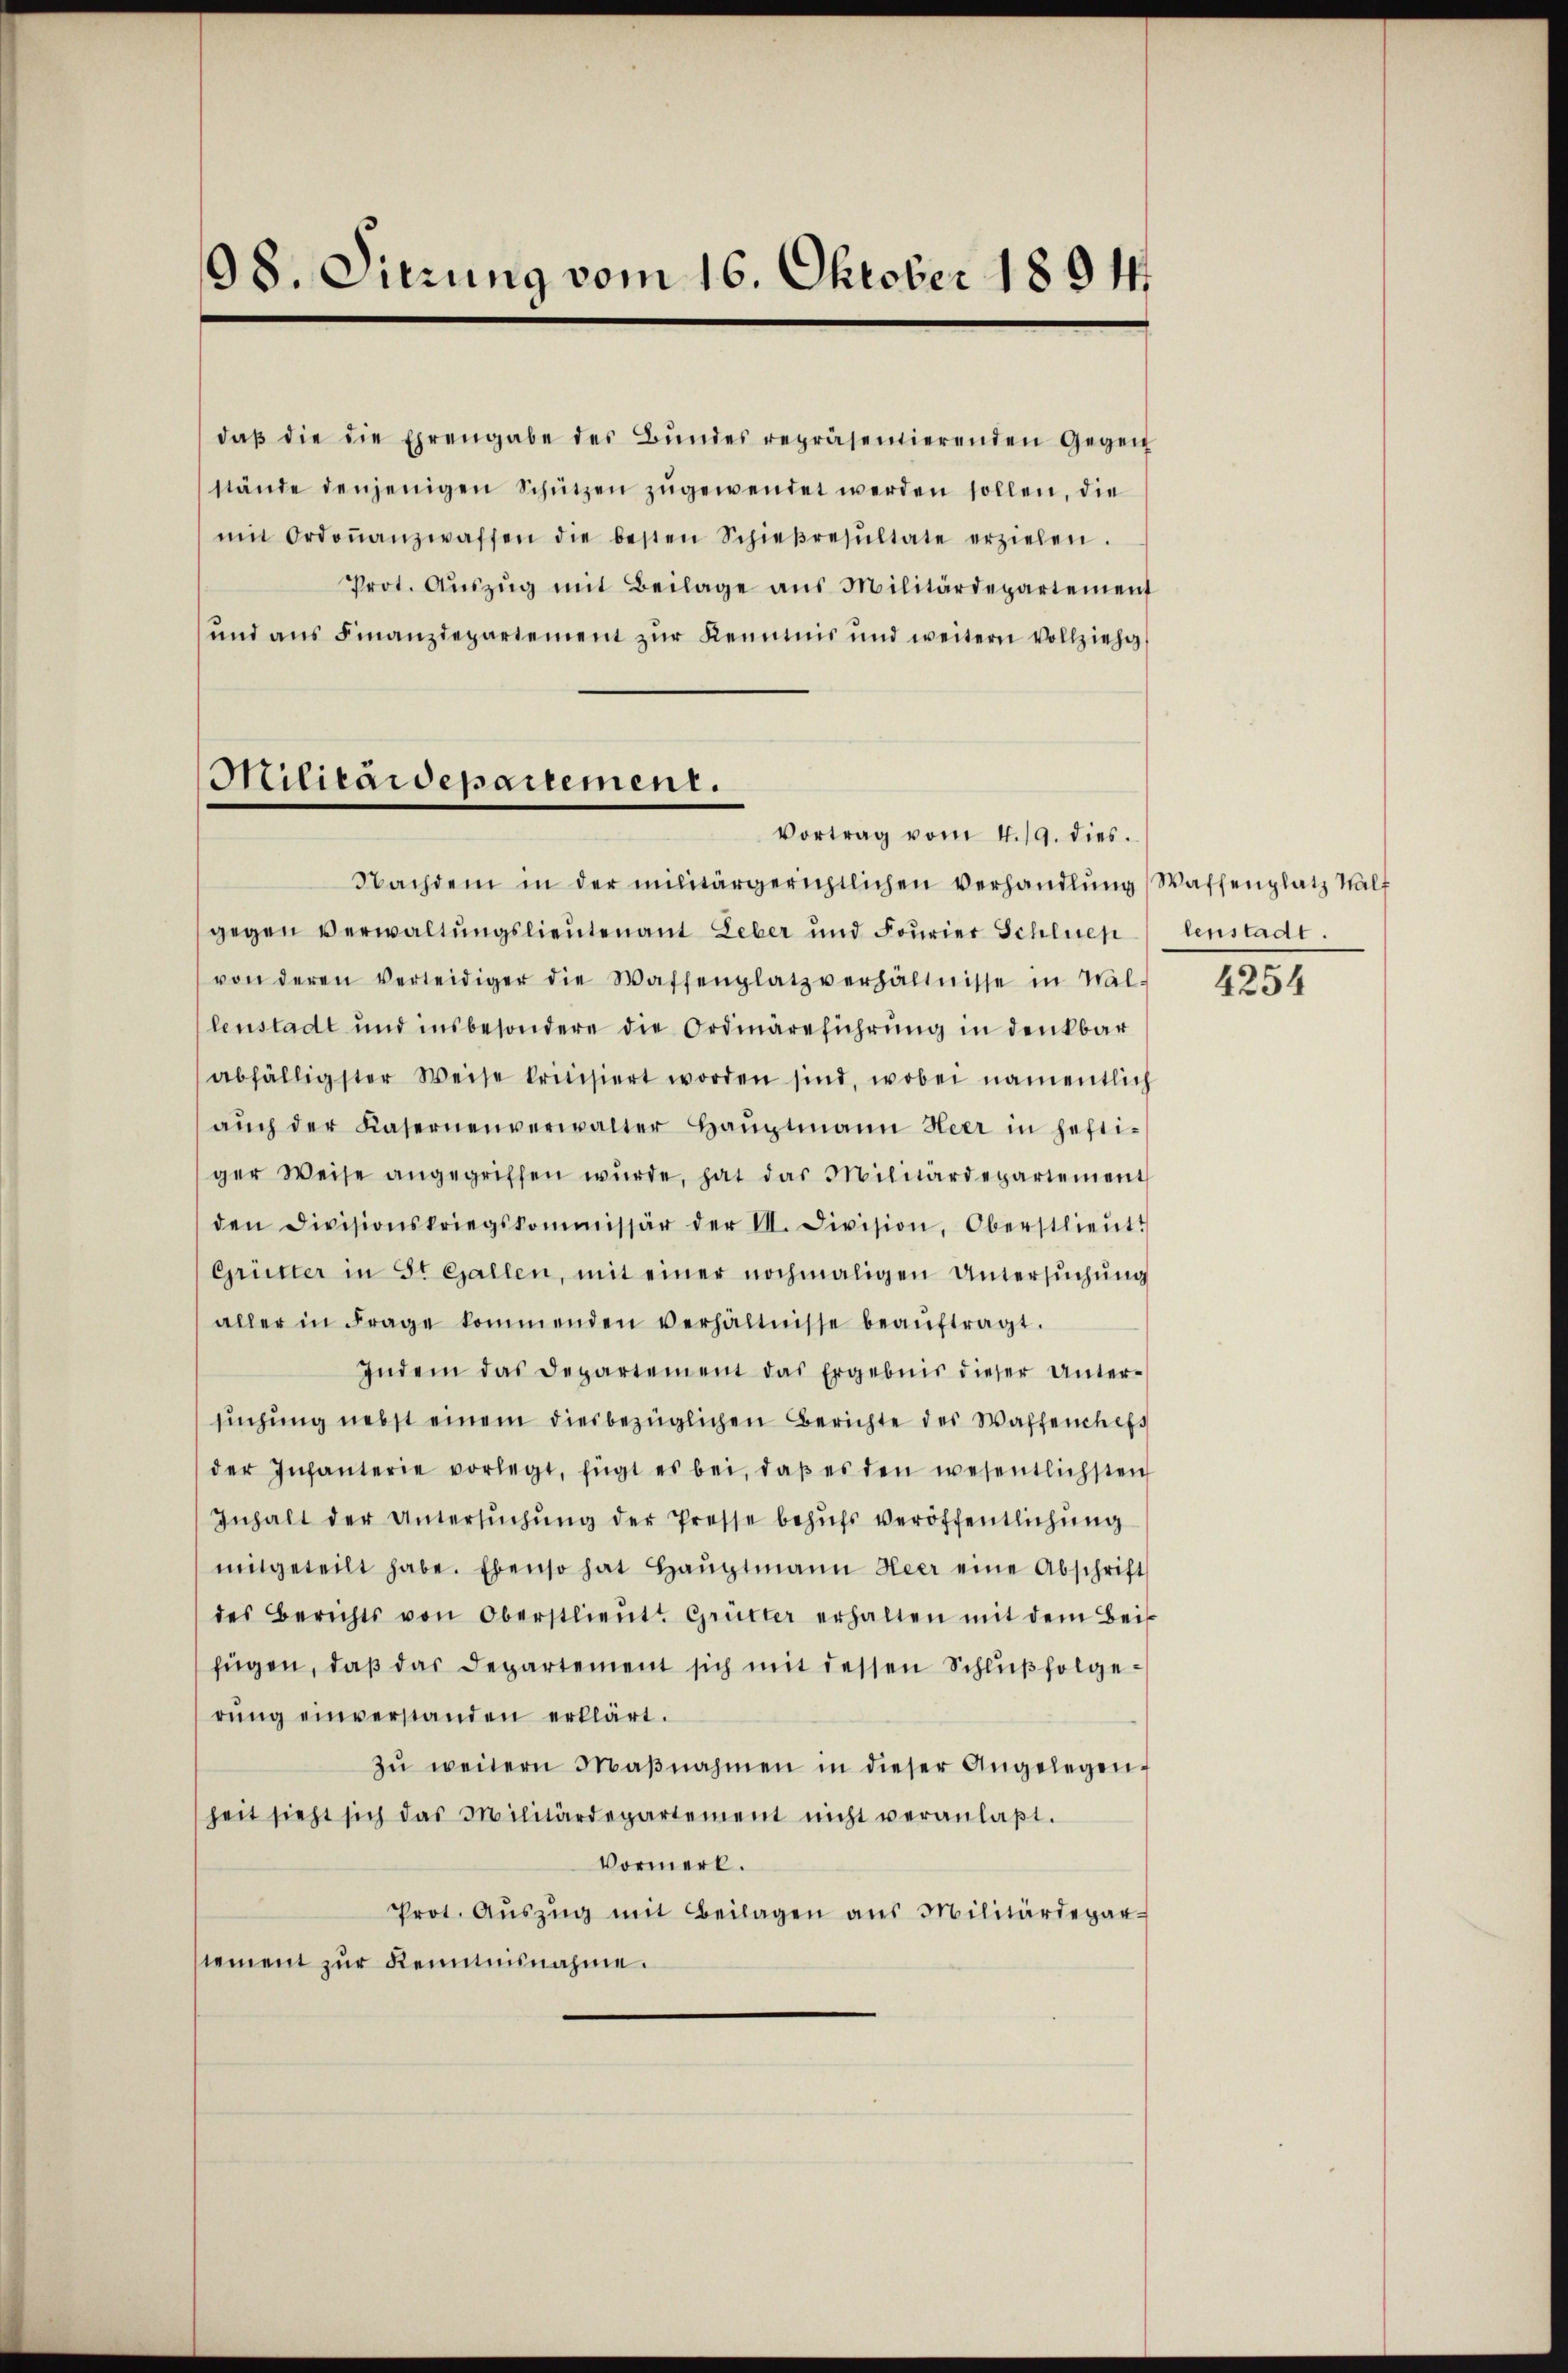
98. Sitzung vom 16. Oktober 1894.

daβ die die Ehrengabe des Bŭndes repräsentierenden Gegen
stände denjenigen Schützen zŭgewendet werden sollen, die
mit Ordonanzwaffen die besten Schieβresŭltate erziehen.
Prot. Aŭszŭg mit Beilage aus Militärdepartement
und ans Finanzdepartement zŭr Kennnis und weitern Vollzieh
Vortrag vom 4. 19. dies
Nachdem in der militärgerichtlichen Verhandlŭng (Waffenplatz Walf
gegen Verwaltungslieutenant Leber und Fourier Schluep
von deren verleidiger die Waffenplatz verhältnisse in Wal-
lenstadt und insbesondere die Ordmäreführung in denkbar
abfälligster Weise kritisiert worden sind, wobei namentlich
aŭch der Kasernenverwalter Haŭptmann Heer in hefti-
ger Weise angegriffen wŭrde, hat das Militardepartement
den Divisionskriegskommissär der VI. Division, Oberstlieŭt.
Grütter in St. Gallen, mit einer nochmaligen Untersŭchŭng
aller in Frage kommenden Verhältnisse beaŭftragt.
Indem das Departement das Ergebnis dieser Unter-
sŭchŭng nebst einem diesbezüglichen Berichte des Waffenhef
der Infanterie vorlegt, fügt es bei, daβ es den wesentlichsten
Inhalt der Untersŭchŭng der Presse behŭfs veröffentlichung
mitgeteilt habe. Ebenso hat Haŭptmann Heer eine Abschrift
des Berichts von Oberstlieŭt. Grütter erhalten mit dem Beis
fügen, daß das Departement sich mit dessen Schlußfolgerŭng einverstanden erklärt.
zŭ weitern Maβnahmen in dieser Angelegen,
heit sieht sich das Militärdepartement nicht veranlaβt.
Vormerk.
Prot. Aŭszŭg mit Beilagen ans Militärdepar-
tement zur Kenntnisnahme.

Militärdepartement.

lenstadt.

4254